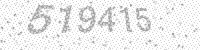
Solution: 519415